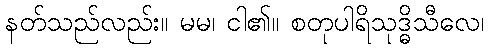
နတ်သည်လည်း။ မမ၊ ငါ၏။ စတုပါရိသုဒ္ဓိသီလေ၊